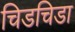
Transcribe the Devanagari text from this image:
चिडचिडा